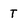
Character: T